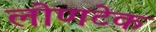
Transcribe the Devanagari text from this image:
लोणटेक